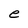
Character: e